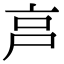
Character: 𡱀